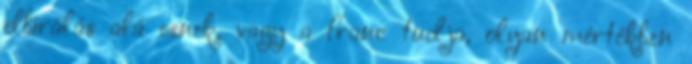
elbírálás alá esnek, vagy a franc tudja, olyan mértékben